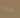
فانه